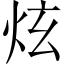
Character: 炫